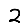
Digit: 2